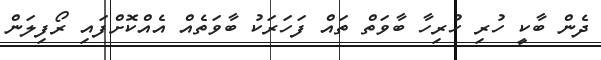
ދެން ބާކީ ހުރި ހުރިހާ ބާވަތް ތައް ފަހަރަކު ބާވަތެއް އެއްކޮށްފައި ރޯފިލަން